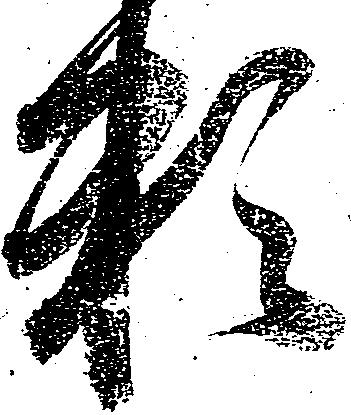
頼